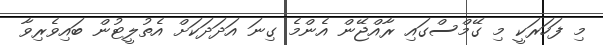
މި ފަހަރަކީ މި ގޭމްސްގައި ރާއްޖޭން އެންމެ ގިނަ އަދަދަކަށް އެތުލީޓުން ބައިވެރިވާ